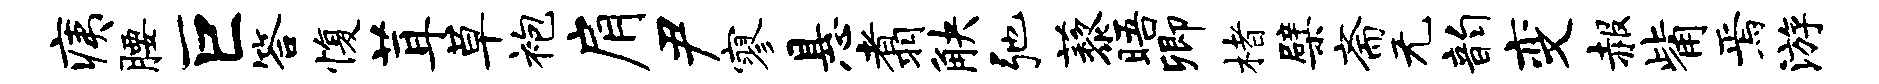
痍腰巨答愎茸草袍肩尹寥悬翥觖弛藜晤卿楮檗斋无韵变赧觜焉游